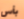
بأس